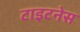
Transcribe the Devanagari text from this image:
टाइटनेस